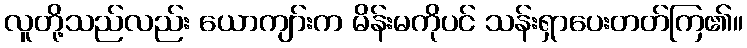
လူတို့သည်လည်း ယောကျာ်းက မိန်းမကိုပင် သန်းရှာပေးတတ်ကြ၏။